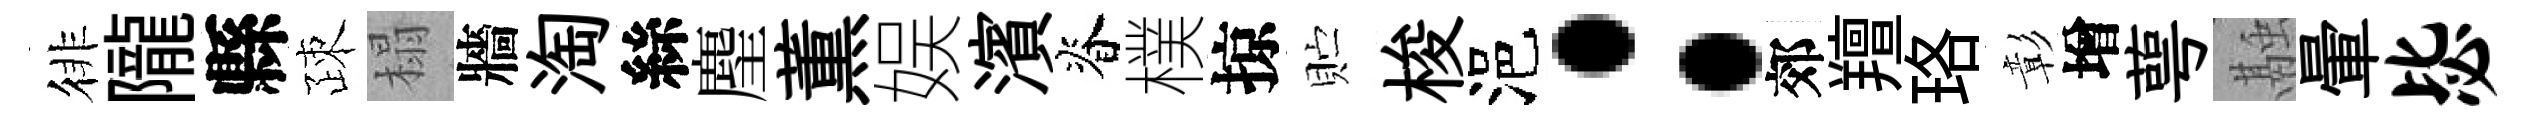
徘隴縣疎榻牆淘絲麈薫娱濱脊樸掠贮梭浥：郊羶珞彰增萼融暈毖